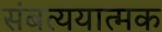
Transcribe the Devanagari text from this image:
संबत्ययात्मक